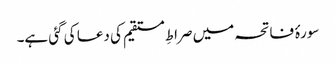
سورۂ فاتحہ میں صراطِ مستقیم کی دعا کی گئی ہے۔